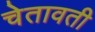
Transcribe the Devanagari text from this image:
चेतावती